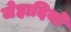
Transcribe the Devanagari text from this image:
जेहादियो